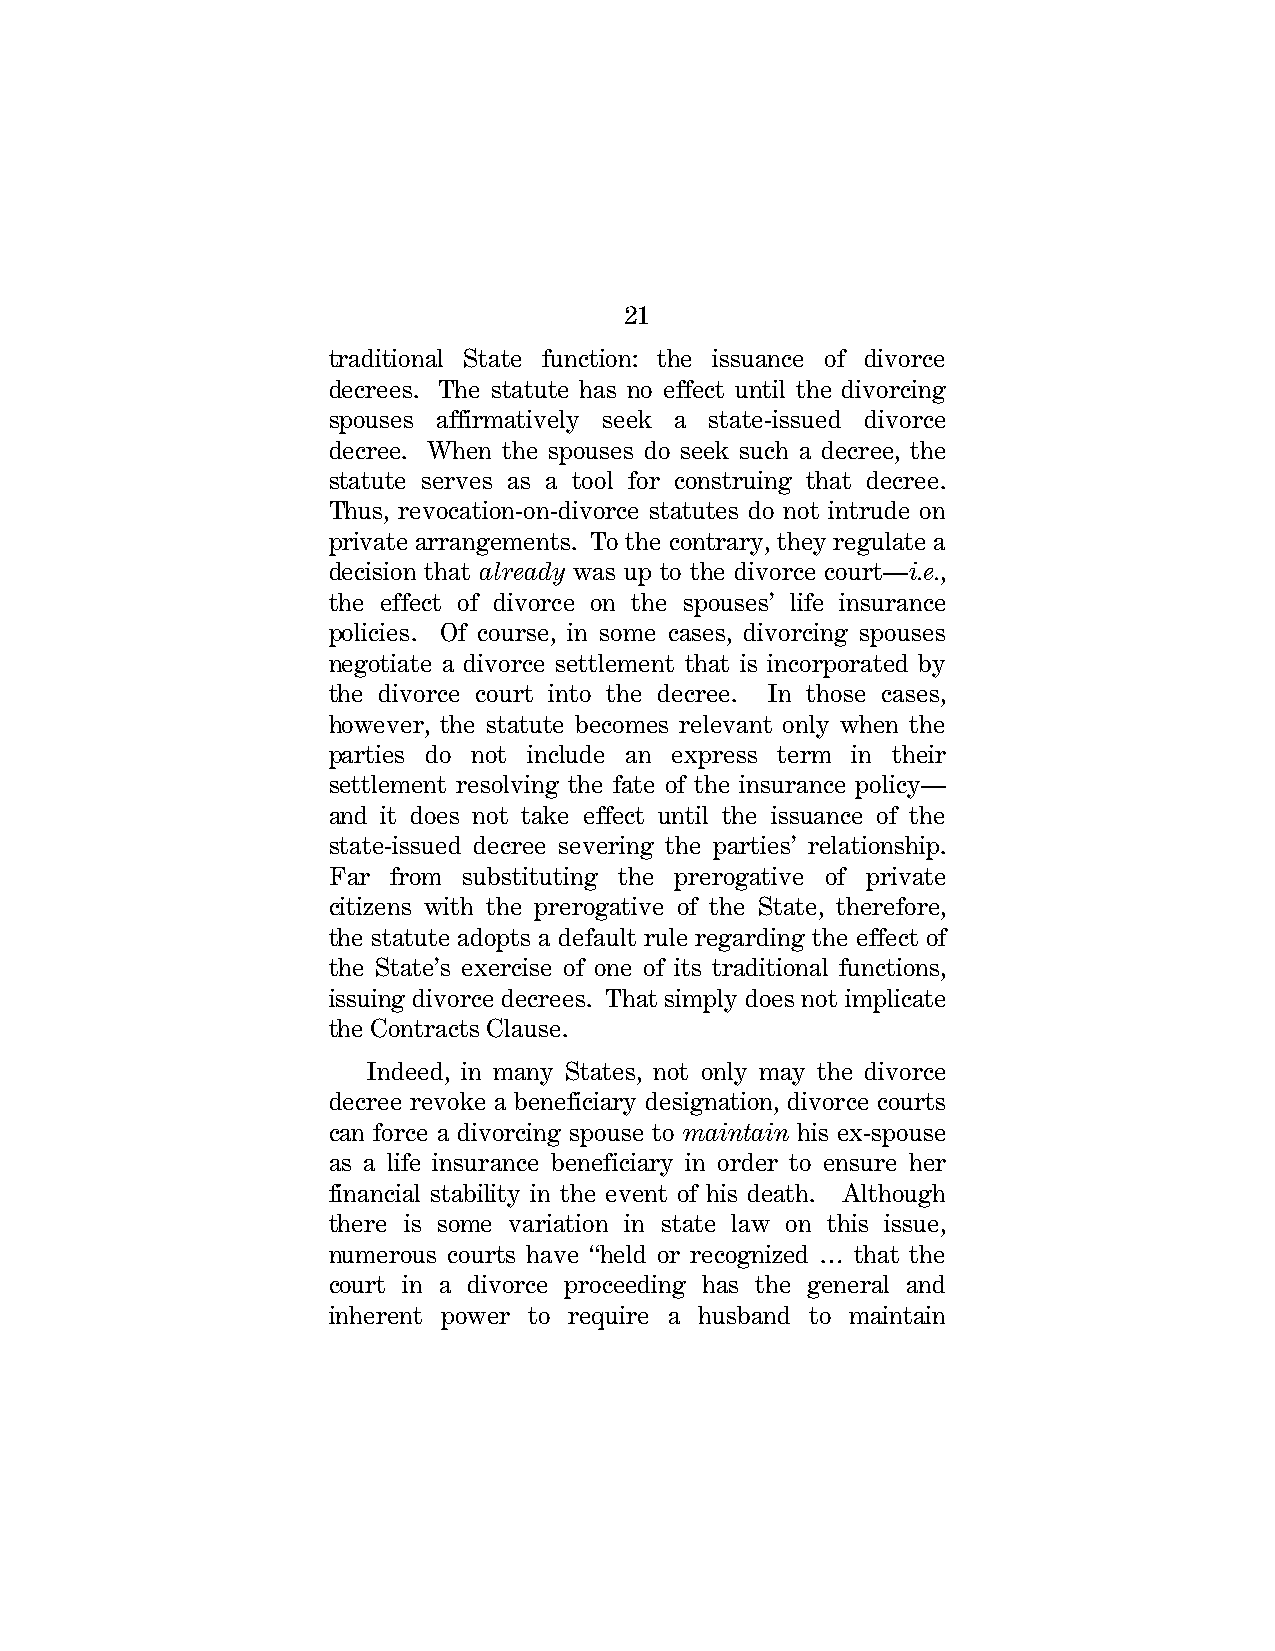
21
 traditional State function: the issuance of divorce
 decrees. The statute has no effect until the divorcing
 spouses affirmatively seek a state-issued divorce
 decree. When the spouses do seek such a decree, the
 statute serves as a tool for construing that decree.
 Thus, revocation-on-divorce statutes do not intrude on
 private arrangements. To the contrary, they regulate a
 decision that already was up to the divorce court—i.e.,
 the effect of divorce on the spouses’ life insurance
 policies. Of course, in some cases, divorcing spouses
 negotiate a divorce settlement that is incorporated by
 the divorce court into the decree. In those cases,
 however, the statute becomes relevant only when the
 parties do not include an express term in their
 settlement resolving the fate of the insurance policy—
 and it does not take effect until the issuance of the
 state-issued decree severing the parties’ relationship.
 Far from substituting the prerogative of private
 citizens with the prerogative of the State, therefore,
 the statute adopts a default rule regarding the effect of
 the State’s exercise of one of its traditional functions,
 issuing divorce decrees. That simply does not implicate
 the Contracts Clause.
 Indeed, in many States, not only may the divorce
 decree revoke a beneficiary designation, divorce courts
 can force a divorcing spouse to maintain his ex-spouse
 as a life insurance beneficiary in order to ensure her
 financial stability in the event of his death. Although
 there is some variation in state law on this issue,
 numerous courts have “held or recognized … that the
 court in a divorce proceeding has the general and
 inherent power to require a husband to maintain